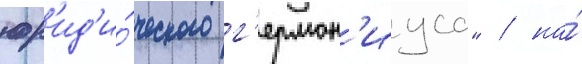
юр'ид'и́ческого г'ермон'иуса" / на́